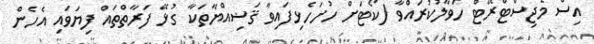
އިސް މެޖިސްޓްރޭޓް ހަވާލުކުރައްވާ (ކޯޓަށް ހުށަހެޅިފައިވާ ޤަޟިއްޔާތަކާ ގުޅޭ ފަރާތްތައް ފިޔަވައި އެހެން